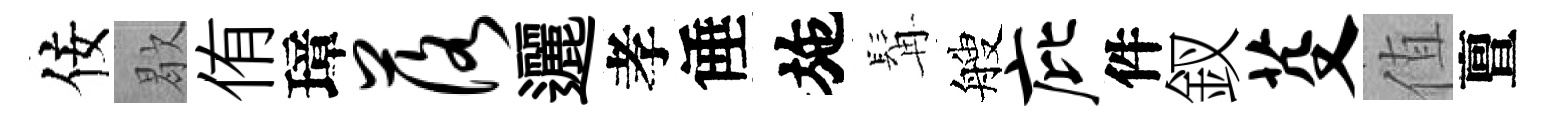
佞歇侑璋落邐孝倕施髯艘庇件釵芟值亶